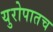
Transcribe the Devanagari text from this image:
युरोपातच